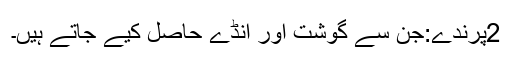
2پرندے:جن سے گوشت اور انڈے حاصل کیے جاتے ہیں۔